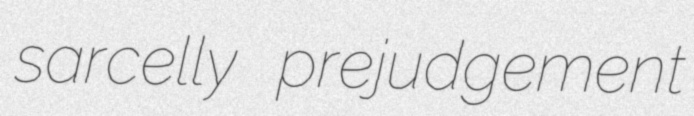
sarcelly prejudgement